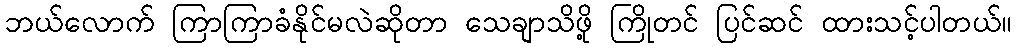
ဘယ်လောက် ကြာကြာခံနိုင်မလဲဆိုတာ သေချာသိဖို့ ကြိုတင် ပြင်ဆင် ထားသင့်ပါတယ်။